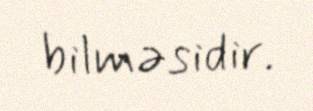
bilməsidir.